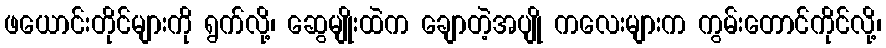
ဖယောင်းတိုင်များကို ရွက်လို့၊ ဆွေမျိုးထဲက ချောတဲ့အပျို ကလေးများက ကွမ်းတောင်ကိုင်လို့၊